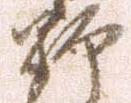
野